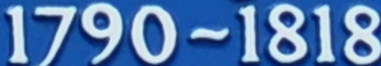
1790~1818